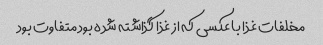
مخلفات غذا با عکسی که از غذا گذاشته شده بود متفاوت بود